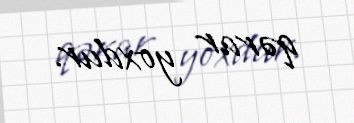
qərar yoxdur.